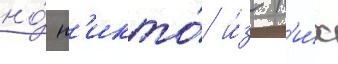
но́ н'икто́ и́з н'и́х